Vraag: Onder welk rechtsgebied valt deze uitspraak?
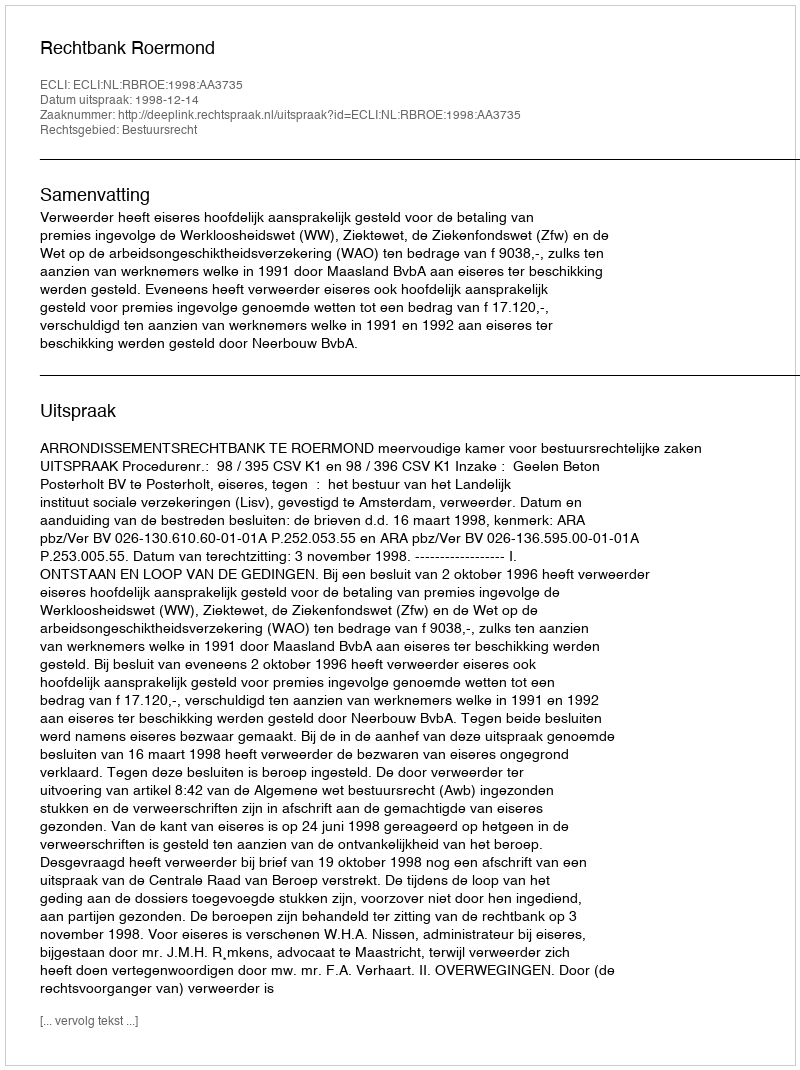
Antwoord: Bestuursrecht